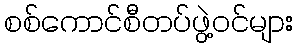
စစ်ကောင်စီတပ်ဖွဲ့ဝင်များ